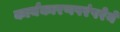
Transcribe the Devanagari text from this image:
कार्यकारणपरंपरेने